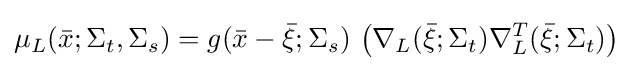
\mu _{L}({\bar {x}};\Sigma _{t},\Sigma _{s})=g({\bar {x}}-{\bar {\xi }};\Sigma _{s})\,\left(\nabla _{L}({\bar {\xi }};\Sigma _{t})\nabla _{L}^{T}({\bar {\xi }};\Sigma _{t})\right)